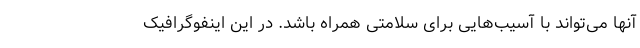
آنها می‌تواند با آسیب‌هایی برای سلامتی همراه باشد. در این اینفوگرافیک